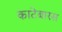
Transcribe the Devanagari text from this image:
काटेबारस